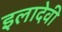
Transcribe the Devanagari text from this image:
इलादेवी